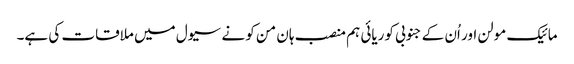
مائیک مولن اور اُن کے جنوبی کوریائی ہم منصب ہان من کو نے سیول میں ملاقات کی ہے۔